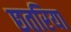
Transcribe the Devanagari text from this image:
छतरिया